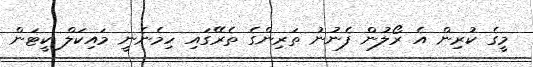
މީގެ ކުރިން އެ ރޯލުން ފެނުނު ތަރިންގެ ތެރޭގައި ހިމެނެނީ މައިކަލް ކީޓަން